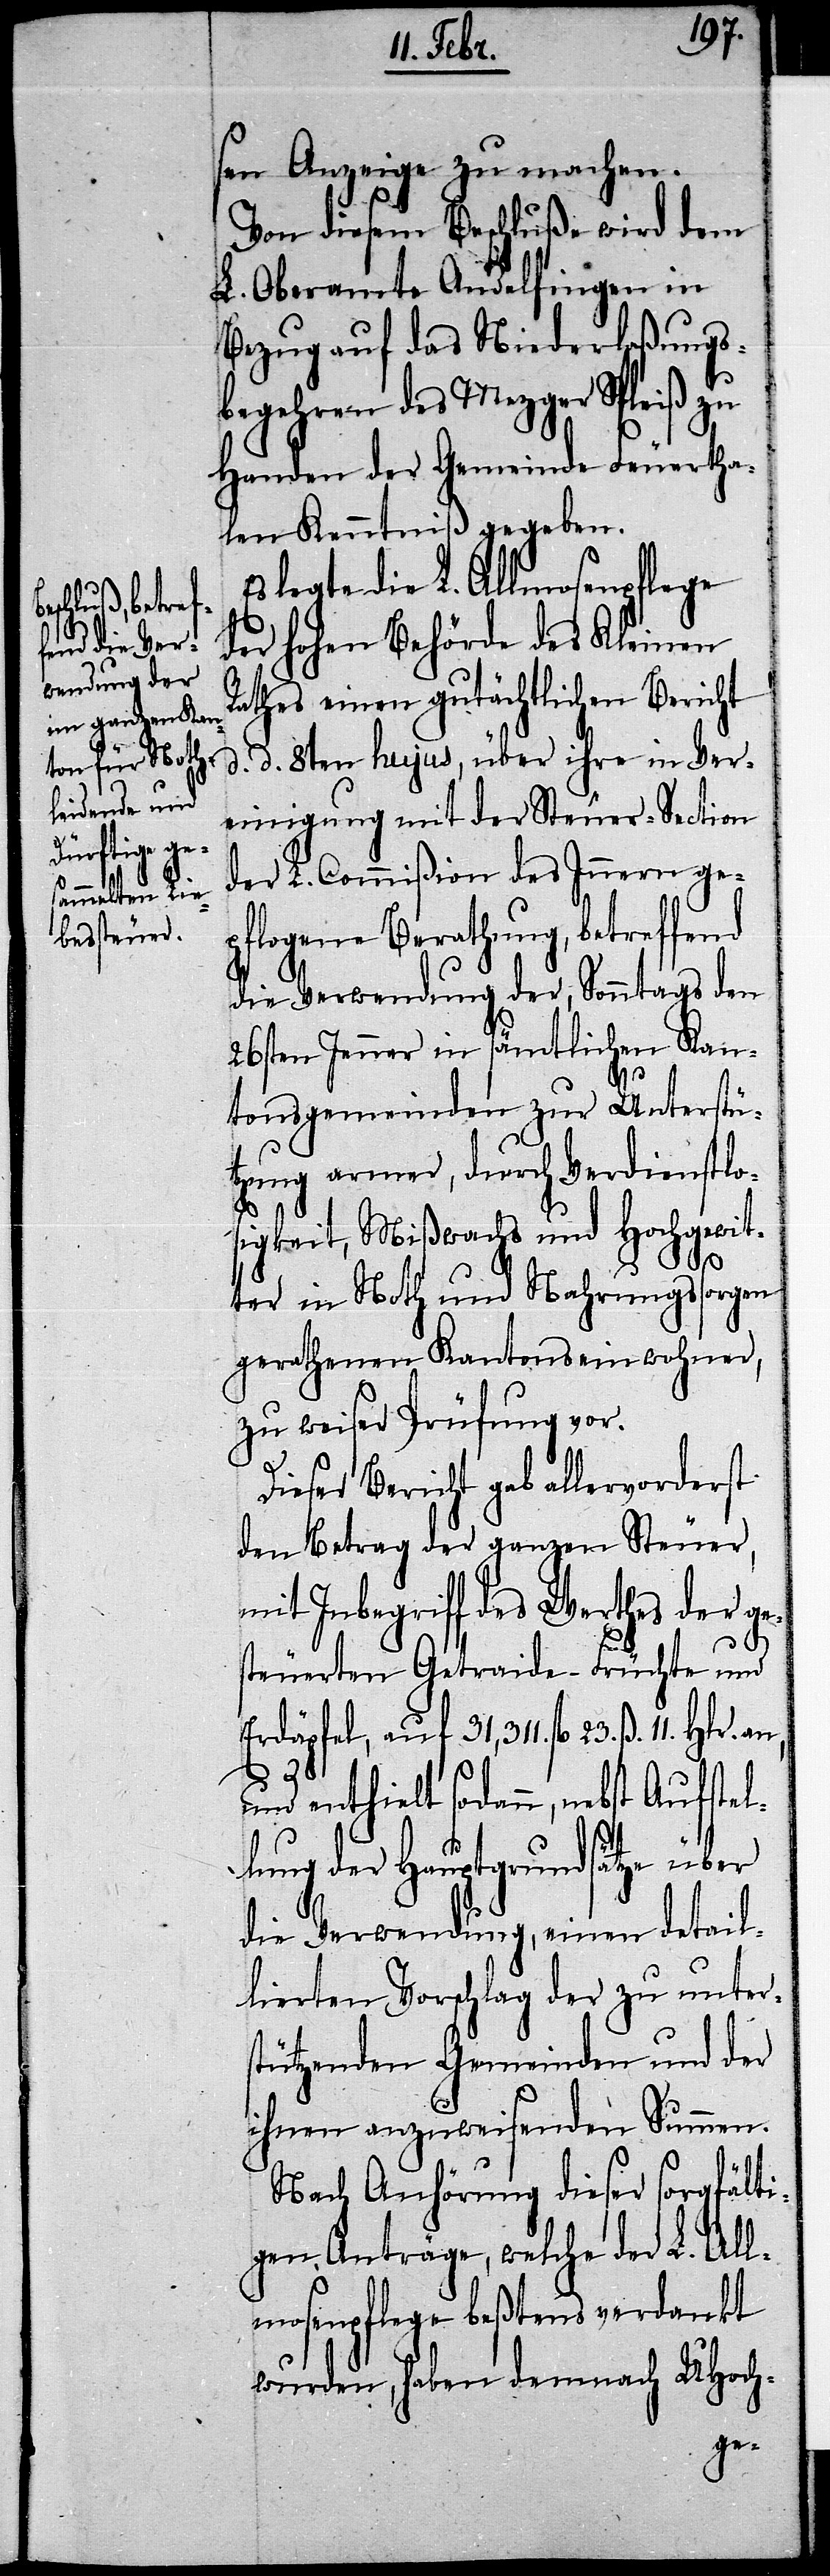
r. an, und

sen Anzeige zu machen.
Von diesem Beschluße wird dem
L. Oberamte Andelfingen in
Bezug auf das Niederlaßungs¬
begehren des Mezger Spleiß zu
Handen der Gemeinde Feuertha¬
len Kenntniß gegeben.
legte die L. Allmosenpflege
der hohen Behörde des Kleinen
Rathes einen gutächtlichen Bericht
d. d. 8ten hujus, über ihre in Ver¬
einigung mit der Steuer-Section
der L. Commißion des Innern ge¬
pflogene Berathung, betreffend
die Verwendung der, Sonntags den
26sten Jenner in sämtlichen Kan¬
s¬
tonsgemeinden zur Unterstü¬
tzung armer, durch Verdienstlos¬
igkeit, Mißwachs und Hochgewit¬
ter in Noth und Nahrungssorgen
gerathenen Kantonseinwohner,
zu weiser Prüfung vor.
Dieser Bericht gab allervorderst
den Betrag der ganzen Steuer,
mit Inbegriff des Werthes der ge¬
steuerten Getraide-Früchte und
Erdäpfel, auf 31,311. fl. 23. ß. 11. Hl¬
enthielt sodann, nebst Aufstel¬
lung der Hauptgrundsätze über
die Verwendung, einen detail¬
lierten Vorschlag der zu unter¬
tützenden Gemeinden und der
ihnen anzuweisenden Summen.
Nach Anhörung dieser sorgfälti¬
gen Anträge, welche der L. All¬
mosenpflege beßtens verdankt
wurden, haben demnach UHoch-